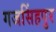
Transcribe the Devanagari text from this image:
गजसिंहपुर